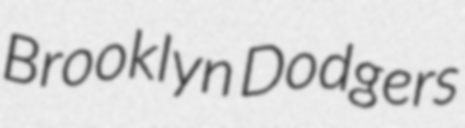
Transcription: Brooklyn Dodgers